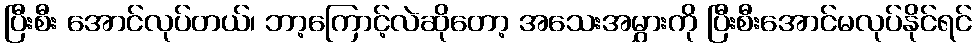
ပြီးစီး အောင်လုပ်တယ်၊ ဘာ့ကြောင့်လဲဆိုတော့ အသေးအမွှားကို ပြီးစီးအောင်မလုပ်နိုင်ရင်